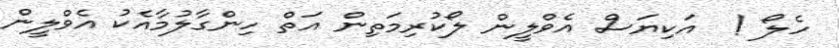
ހެލޯ !  އަކިޔަސް އެވްލީން ލޯކުރިމަތިން އަތް ހިންގާލުމާއެކު އެވްލީން